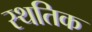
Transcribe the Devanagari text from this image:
स्थतिक